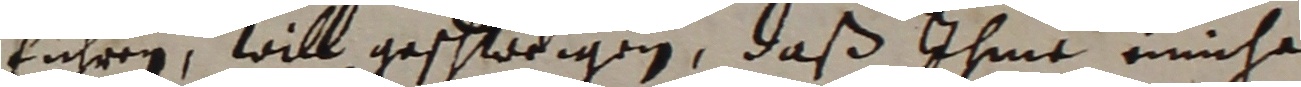
führen, will geschledigen, daß ihme mnhe